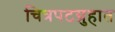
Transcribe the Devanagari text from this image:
चित्रपटग्रुहात